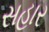
સહાર